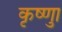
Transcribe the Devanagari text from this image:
कृष्णाु